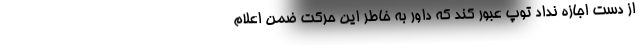
از دست اجازه نداد توپ عبور کند که داور به خاطر این حرکت ضمن اعلام